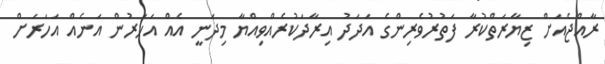
ރާއްޖެއަށް ޒިޔާރަތްކުރާ ފަތުރުވެރިންގެ އަދަދު އިރާދަކުރެއްވިއްޔާ މިދަނީ އެއް އަހަރުން އަނެއް އަހަރަށް